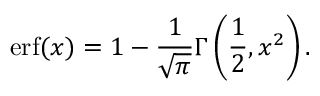
\operatorname { e r f } ( x ) = 1 - { \frac { 1 } { \sqrt { \pi } } } \Gamma \left( { \frac { 1 } { 2 } } , x ^ { 2 } \right) .